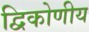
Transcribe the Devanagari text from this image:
द्विकोणीय